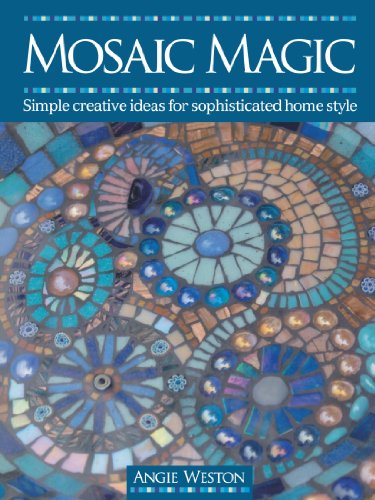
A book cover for Mosaic Magic; Angie Weston; Crafts, Hobbies & Home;